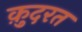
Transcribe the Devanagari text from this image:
क़़ुदरत